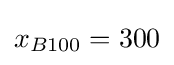
x_{B100}=300